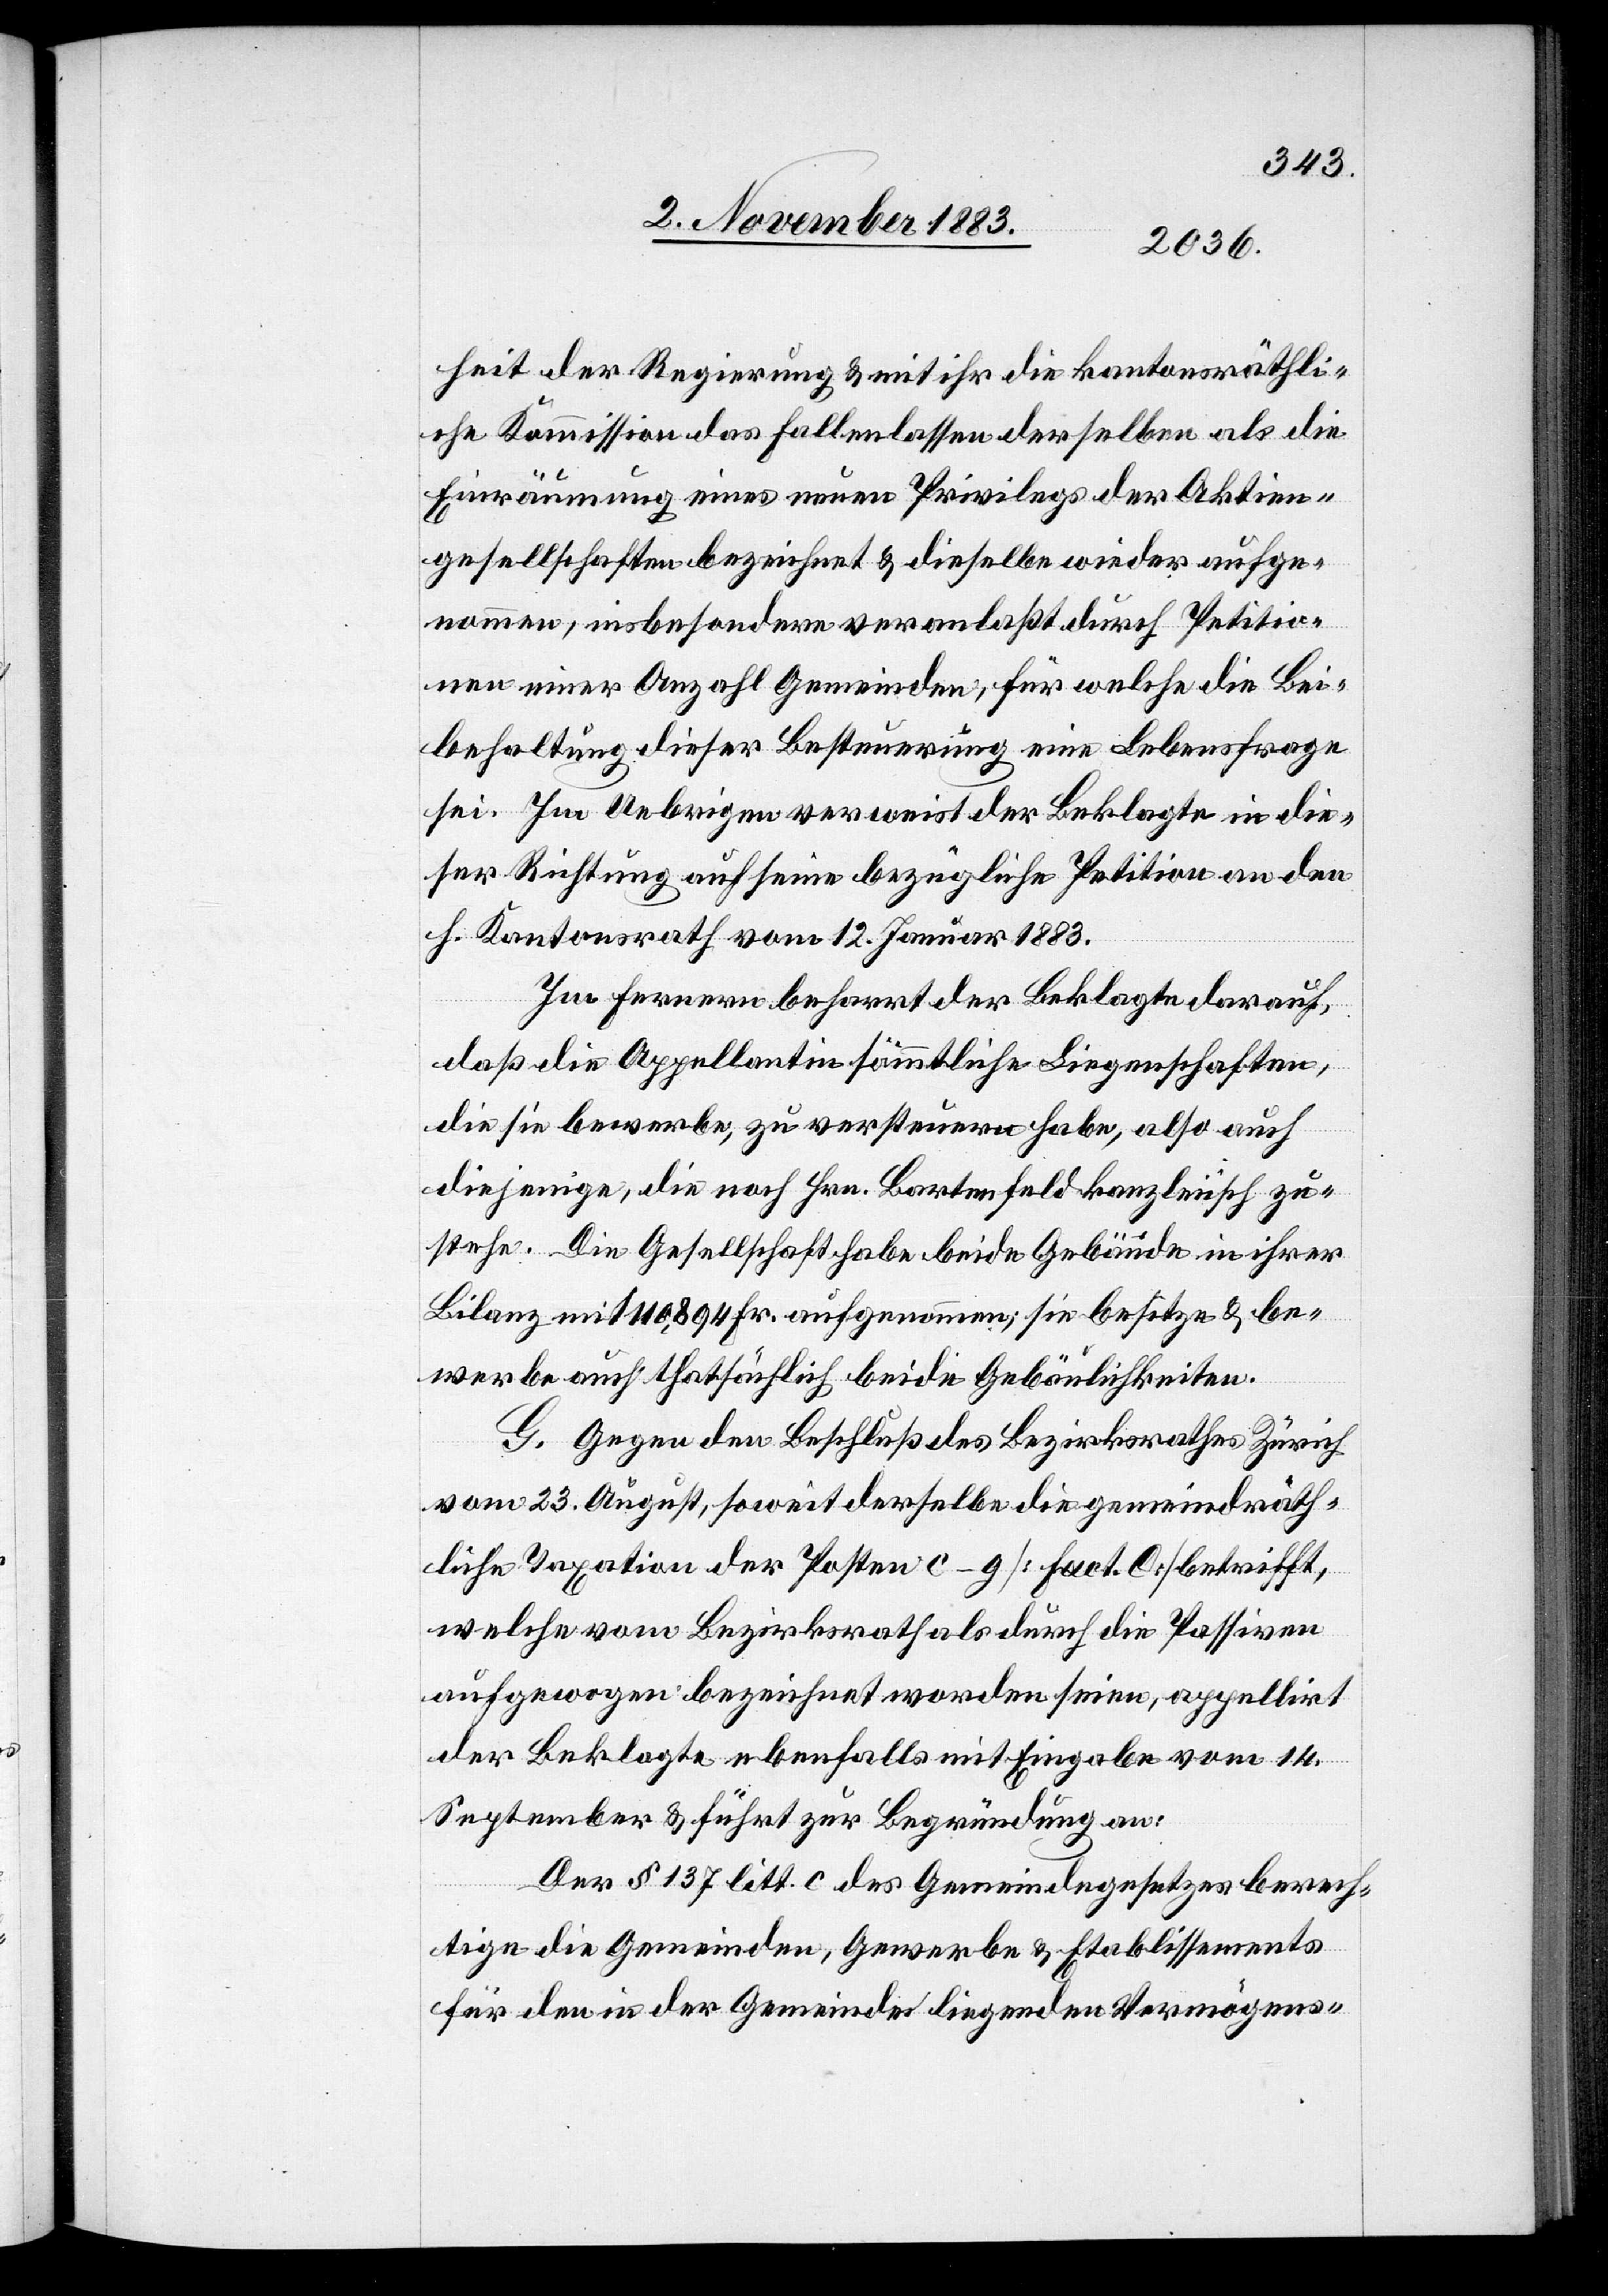
heit der Regierung & mit ihr die kantonsräthli¬
che Kommission das Fallenlassen derselben als die
Einräumung eines neuen Privilegs der Aktien¬
gesellschaften bezeichnet & dieselbe wieder aufge¬
nommen, insbesondere veranlaßt durch Petitio¬
nen eine Anzahl Gemeinden, für welche die Bei¬
behaltung dieser Besteuerung eine Lebensfrage
sei. Im Uebrigen verweist der Beklagte in die¬
ser Richtung auf seine bezügliche Petition an den
h. Kantonsrath vom 12. Januar 1883.
Im Fernern beharrt der Beklagte darauf,
daß die Appellantin sämmtliche Liegenschaften,
die sie bewerbe, zu versteuern habe, also auch
diejenige die noch Hrn. Bartenfeld kanzleiisch zu
stehe. Die Gesellschaft habe beide Gebäude in ihrer
Bilanz mit 110,894 Fr. aufgenommen; sie besitze & be¬
werbe auch thatsächlich beide Gebäulichkeiten.
G. Gegen den Beschluß des Bezirksrathes Zürich
vom 23. August, soweit derselbe die gemeindräth¬
liche Taxation der Posten c–g [Fact. C] betrifft,
welche vom Bezirksrath als durch die Passiven
aufgewogen bezeichnet worden seien, appellirt
der Beklagte ebenfalls mit Eingabe vom 14.
September & führt zur Begründung an:
Der § 137 litt. c des Gemeindegesetzes berech¬
tigte die Gemeinden, Gewerbe & Etablissements
für den in der Gemeinde liegenden Vermögens-